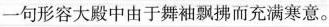
一句形容大殿中由于舞袖飘拂而充满寒意。